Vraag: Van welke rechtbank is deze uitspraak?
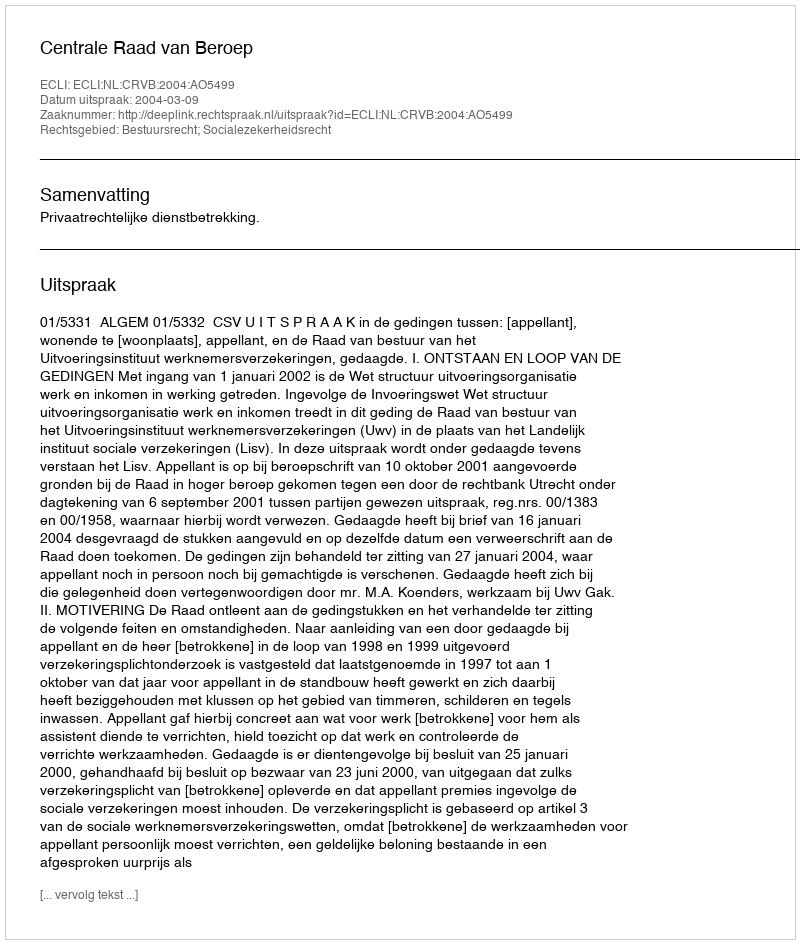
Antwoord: Centrale Raad van Beroep